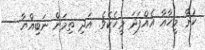
ކުރާ މީހާއާ އެއްފަދަ މީހެކެވެ. އަދި ތިމަން ނަބިއްޔާ